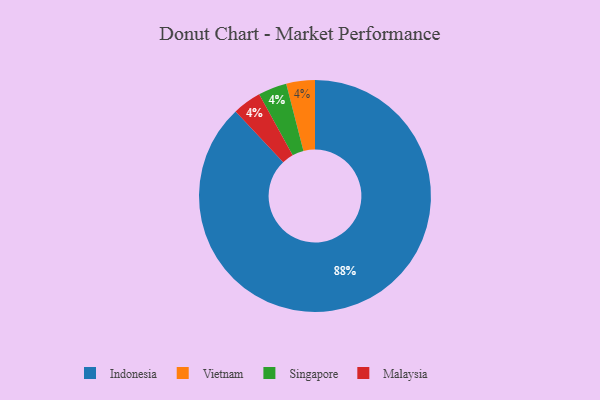
{"axis": {"x": "Category", "y": "Percentage"}, "legend": ["Indonesia", "Malaysia", "Singapore", "Vietnam"], "data": [{"x": "Vietnam", "y": 4, "type": "Vietnam"}, {"x": "Indonesia", "y": 88, "type": "Indonesia"}, {"x": "Singapore", "y": 4, "type": "Singapore"}, {"x": "Malaysia", "y": 4, "type": "Malaysia"}]}